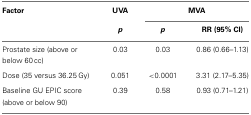
<table><thead><tr><td><b>Factor</b></td><td><b>UVA</b></td><td colspan="2"><b>MVA</b></td></tr><tr><td></td><td><b><i>p</i></b></td><td><b><i>p</i></b></td><td><b>RR (95% CI)</b></td></tr></thead><tbody><tr><td>Prostate size (above or below 60 cc)</td><td>0.03</td><td>0.03</td><td>0.86 (0.66–1.13)</td></tr><tr><td>Dose (35 versus 36.25 Gy)</td><td>0.051</td><td>&lt;0.0001</td><td>3.31 (2.17–5.35)</td></tr><tr><td>Baseline GU EPIC score (above or below 90)</td><td>0.39</td><td>0.58</td><td>0.93 (0.71–1.21)</td></tr></tbody></table>